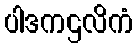
ပါဒကဌလိကံ